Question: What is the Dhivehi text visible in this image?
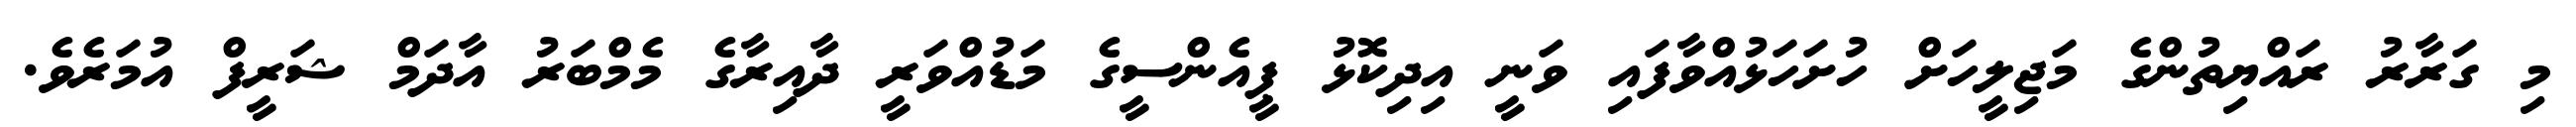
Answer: މި ގަރާރު ރައްޔިތުންގެ މަޖިލީހަށް ހުށަހަޅުއްވާފައި ވަނީ އިދިކޮޅު ޕީއެންސީގެ މަޑުއްވަރީ ދާއިރާގެ މެމްބަރު އާދަމް ޝަރީފް އުމަރެވެ.